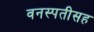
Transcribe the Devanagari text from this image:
वनस्पतीसह